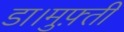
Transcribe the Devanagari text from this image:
डा।मुफ़्ती